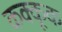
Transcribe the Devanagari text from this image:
कक्कूक